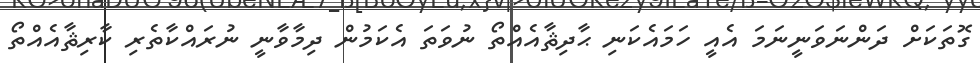
ގޮތަކަށް ދަންނަވަނީނަމަ އެއީ ހަމައެކަނި ޙާދިޘާއެއްތޯ ނުވަތަ އެކަމުން ދިމާވާނީ ނުރައްކާތެރި ކާރިޘާއެއްތޯ